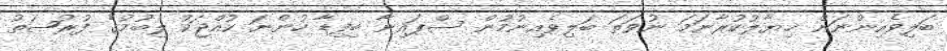
ބަލިވެއިންނަން ޚިޔާލުކުރާނަމަ ނުވަތަ ބަލިވެއިނުމުން ސްޕައިނާ ބިފިޑާ ހުންނަ ކުއްޖަކު ލިބުމުގެ ފުރުޞަތު